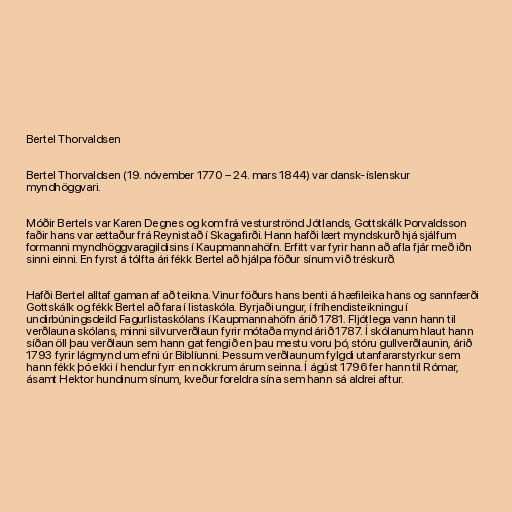
Bertel Thorvaldsen

Bertel Thorvaldsen (19. nóvember 1770 – 24. mars 1844) var dansk-íslenskur
myndhöggvari.

Móðir Bertels var Karen Degnes og kom frá vesturströnd Jótlands, Gottskálk Þorvaldsson
faðir hans var ættaður frá Reynistað í Skagafirði. Hann hafði lært myndskurð hjá sjálfum
formanni myndhöggvaragildisins í Kaupmannahöfn. Erfitt var fyrir hann að afla fjár með iðn
sinni einni. En fyrst á tólfta ári fékk Bertel að hjálpa föður sínum við tréskurð.

Hafði Bertel alltaf gaman af að teikna. Vinur föðurs hans benti á hæfileika hans og sannfærði
Gottskálk og fékk Bertel að fara í listaskóla. Byrjaði ungur, í fríhendisteikningu í
undirbúningsdeild Fagurlistaskólans í Kaupmannahöfn árið 1781. Fljótlega vann hann til
verðlauna skólans, minni silvurverðlaun fyrir mótaða mynd árið 1787. Í skólanum hlaut hann
síðan öll þau verðlaun sem hann gat fengið en þau mestu voru þó, stóru gullverðlaunin, árið
1793 fyrir lágmynd um efni úr Biblíunni. Þessum verðlaunum fylgdi utanfararstyrkur sem
hann fékk þó ekki í hendur fyrr en nokkrum árum seinna. Í ágúst 1796 fer hann til Rómar,
ásamt Hektor hundinum sínum, kveður foreldra sína sem hann sá aldrei aftur.